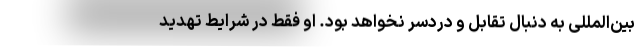
بین‌المللی به دنبال تقابل و دردسر نخواهد بود. او فقط در شرایطِ تهدیدِ